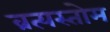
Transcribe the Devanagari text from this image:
व्रत्यस्तोम